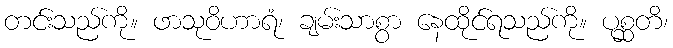
တင်းသည်ကို။ ဖာသုဝိဟာရံ၊ ချမ်းသာစွာ နေထိုင်ရသည်ကို။ ပုစ္ဆတိ၊